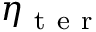
\eta _ { \mathrm { ~ t ~ e ~ r ~ } }